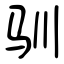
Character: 驯